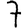
Digit: 7